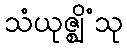
သံယုဇ္ဈိံသု